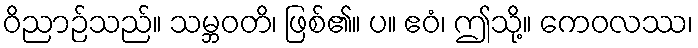
ဝိညာဉ်သည်။ သမ္ဘဝတိ၊ ဖြစ်၏။ ပ။ ဧဝံ၊ ဤသို့။ ကေဝလဿ၊